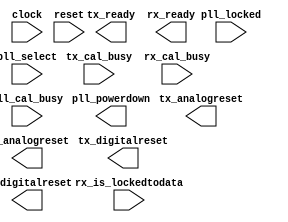
module interlaken_phy_xcvr_reset_control_0 (
		input  wire       clock,              //              clock.clk
		input  wire       reset,              //              reset.reset
		output wire [0:0] pll_powerdown,      //      pll_powerdown.pll_powerdown
		output wire [0:0] tx_analogreset,     //     tx_analogreset.tx_analogreset
		output wire [0:0] tx_digitalreset,    //    tx_digitalreset.tx_digitalreset
		output wire [0:0] tx_ready,           //           tx_ready.tx_ready
		input  wire [0:0] pll_locked,         //         pll_locked.pll_locked
		input  wire [0:0] pll_select,         //         pll_select.pll_select
		input  wire [0:0] tx_cal_busy,        //        tx_cal_busy.tx_cal_busy
		input  wire [0:0] pll_cal_busy,       //       pll_cal_busy.pll_cal_busy
		output wire [0:0] rx_analogreset,     //     rx_analogreset.rx_analogreset
		output wire [0:0] rx_digitalreset,    //    rx_digitalreset.rx_digitalreset
		output wire [0:0] rx_ready,           //           rx_ready.rx_ready
		input  wire [0:0] rx_is_lockedtodata, // rx_is_lockedtodata.rx_is_lockedtodata
		input  wire [0:0] rx_cal_busy         //        rx_cal_busy.rx_cal_busy
	);
endmodule